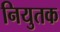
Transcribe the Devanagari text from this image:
नियुतक